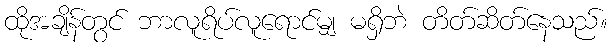
ထိုအချိန်တွင် ဘာလူရိပ်လူရောင်မျှ မရှိဘဲ တိတ်ဆိတ်နေသည်။